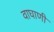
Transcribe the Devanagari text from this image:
वाघाणी